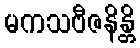
မကသဗီဇနိန္တိ